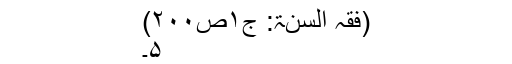
(فقہ السنۃ: ج۱ص۲۰۰)
۵۔